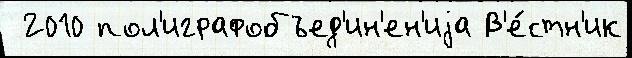
 2010 пол'играфобъед'ин'ен'иjа В'е́стн'ик